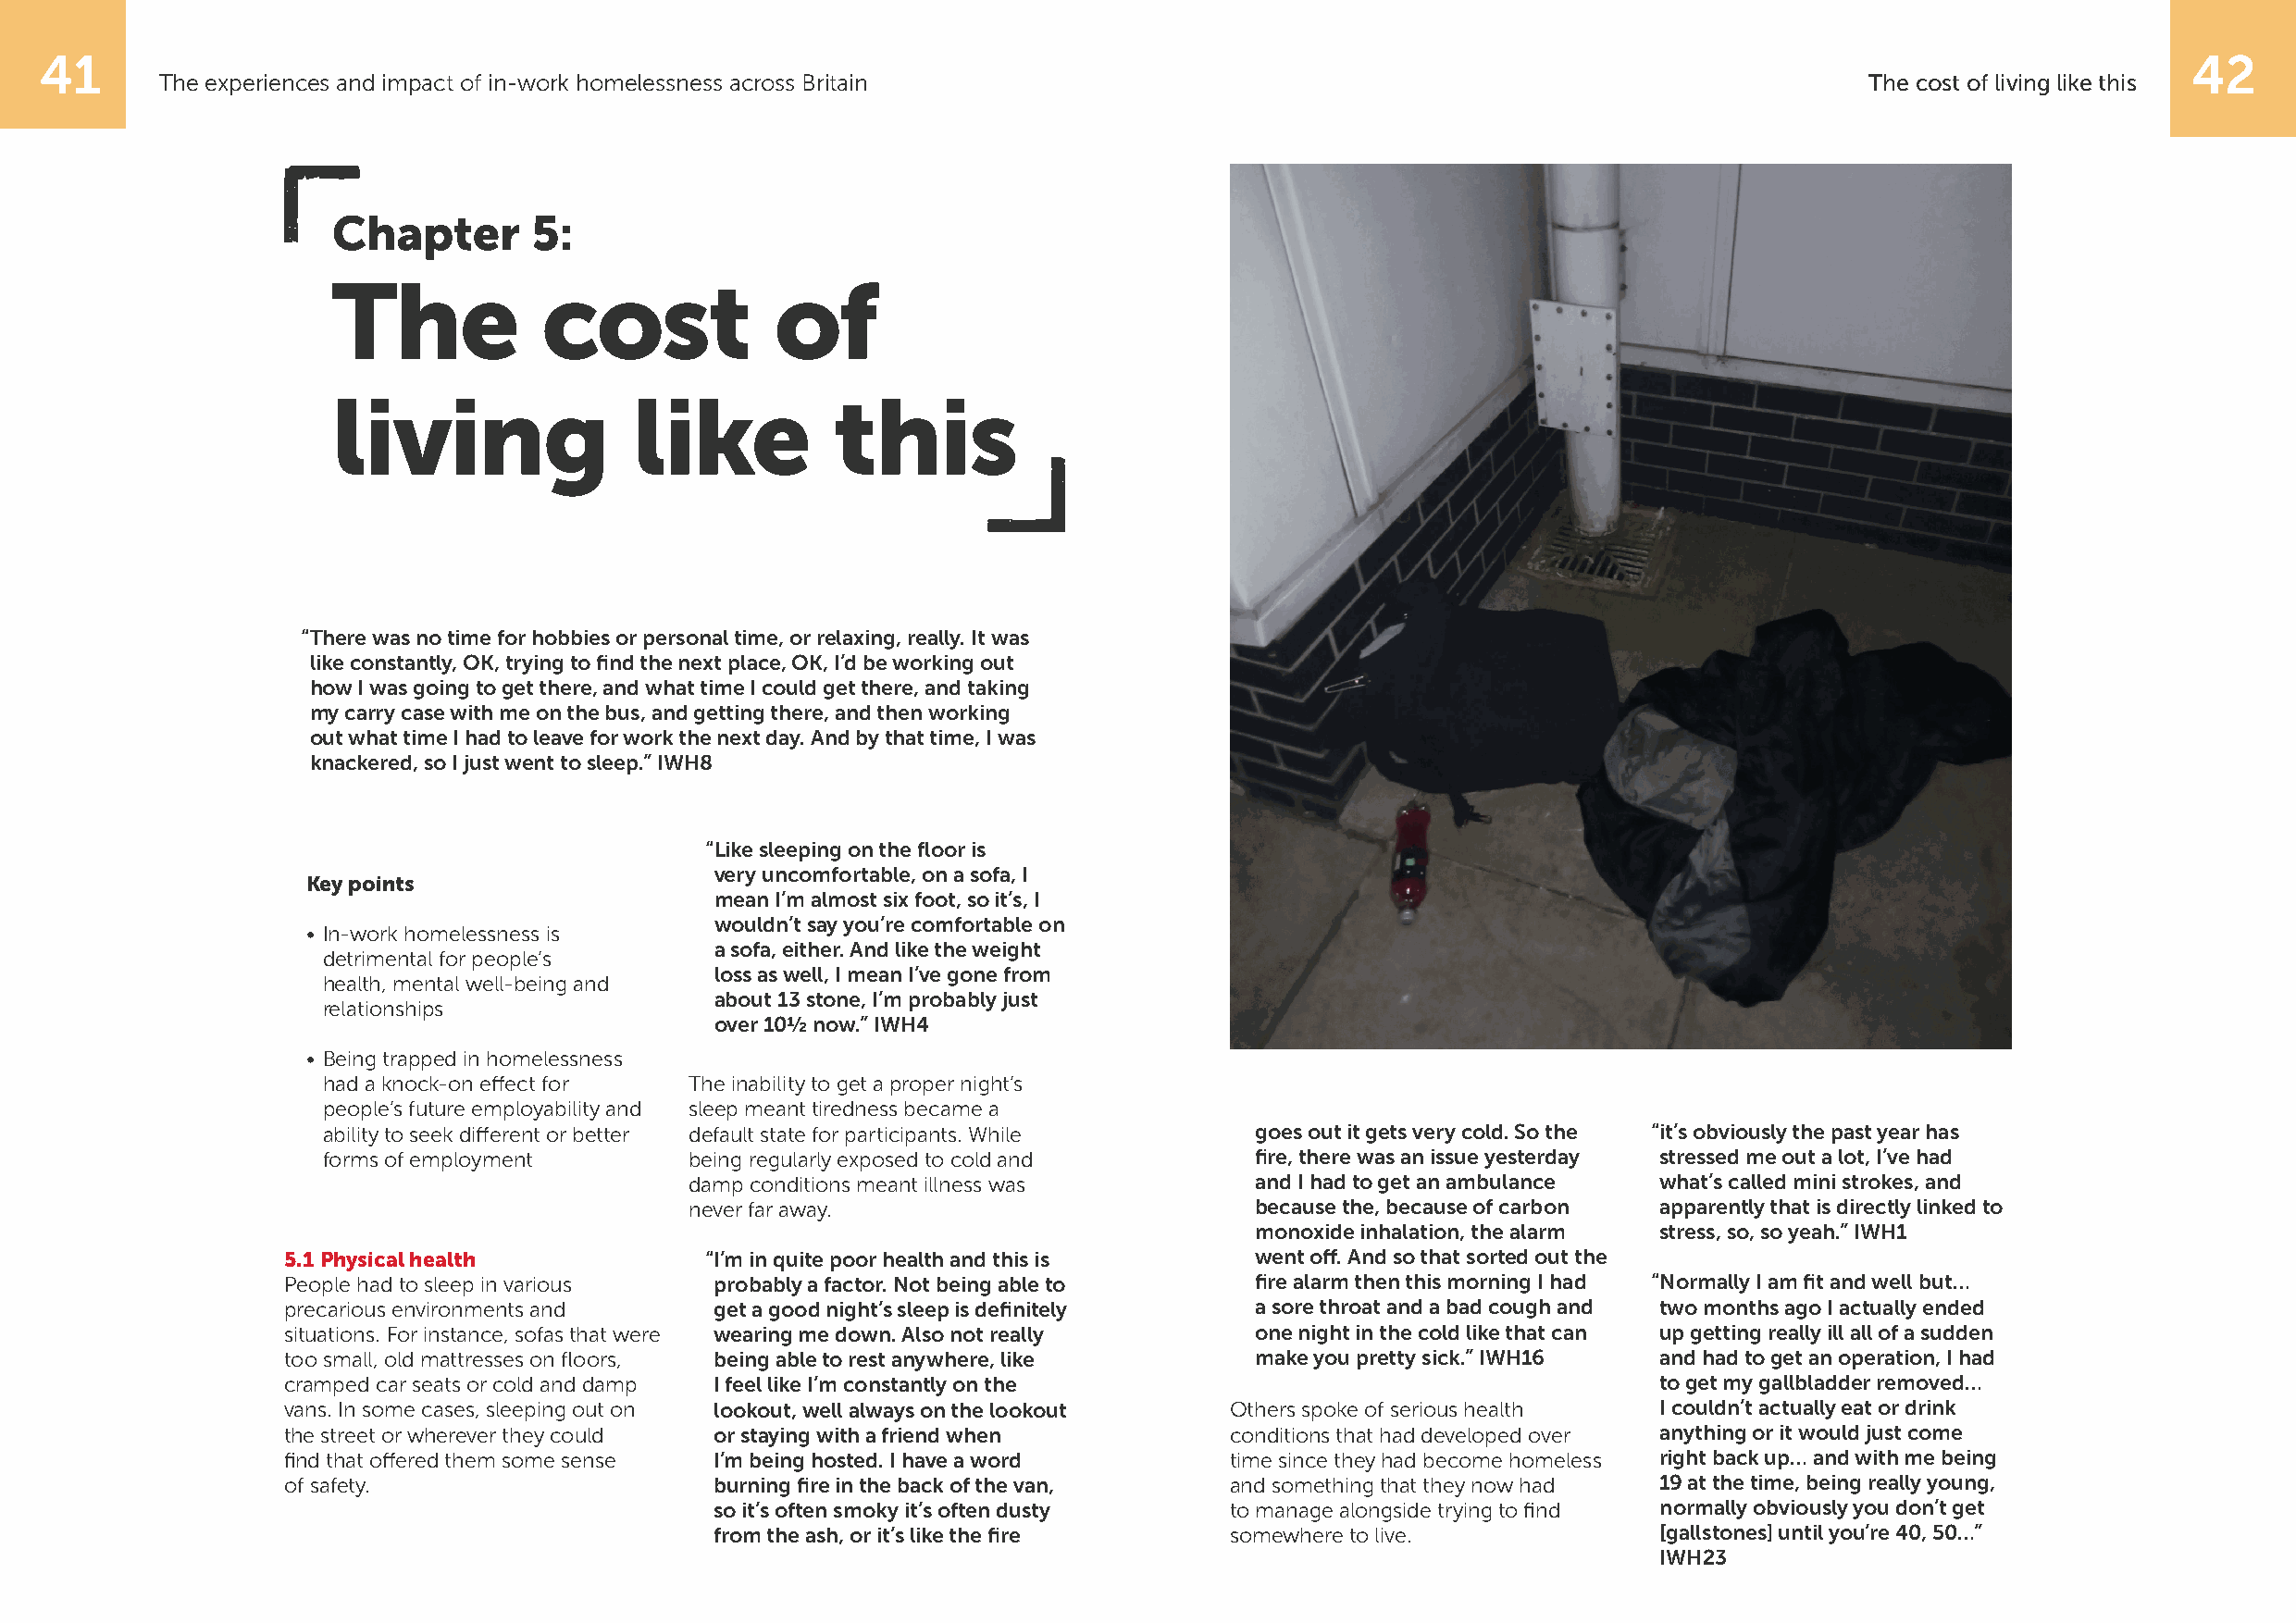
41                                                                                                                                                        42
 The experiences and impact of in-work homelessness across Britain                                                          The cost of living like this
 Chapter       5:
 The            cost            of
 living               like           this
 “ There was no time for hobbies or personal time, or relaxing, really. It was
 like constantly, OK, trying to find the next place, OK, I’d be working out
 how I was going to get there, and what time I could get there, and taking
 my carry case with me on the bus, and getting there, and then working
 out what time I had to leave for work the next day. And by that time, I was
 knackered, so I just went to sleep.” IWH8
 “ Like sleeping on the floor is
 very uncomfortable, on a sofa, I
 Key points
 mean I’m almost six foot, so it’s, I
 wouldn’t say you’re comfortable on
 • In-work homelessness is
 a sofa, either. And like the weight
 detrimental for people’s
 loss as well, I mean I’ve gone from
 health, mental well-being and
 about 13 stone, I’m probably just
 relationships
 over 10½ now.” IWH4
 • Being trapped in homelessness
 had a knock-on effect for The inability to get a proper night’s
 people’s future employability and sleep meant tiredness became a
 ability to seek different or better default state for participants. While goes out it gets very cold. So the “ it’s obviously the past year has
 forms of employment       being regularly exposed to cold and      fire, there was an issue yesterday stressed me out a lot, I’ve had
 damp conditions meant illness was        and I had to get an ambulance what’s called mini strokes, and
 never far away.                          because the, because of carbon apparently that is directly linked to
 monoxide inhalation, the alarm stress, so, so yeah.” IWH1
 5.1 Physical health           “ I’m in quite poor health and this is  went off. And so that sorted out the
 People had to sleep in various probably a factor. Not being able to   fire alarm then this morning I had “ Normally I am fit and well but…
 precarious environments and    get a good night’s sleep is definitely a sore throat and a bad cough and two months ago I actually ended
 situations. For instance, sofas that were wearing me down. Also not really one night in the cold like that can up getting really ill all of a sudden
 too small, old mattresses on floors, being able to rest anywhere, like make you pretty sick.” IWH16 and had to get an operation, I had
 cramped car seats or cold and damp I feel like I’m constantly on the                               to get my gallbladder removed…
 vans. In some cases, sleeping out on lookout, well always on the lookout Others spoke of serious health I couldn’t actually eat or drink
 the street or wherever they could or staying with a friend when     conditions that had developed over anything or it would just come
 find that offered them some sense I’m being hosted. I have a word   time since they had become homeless right back up… and with me being
 of safety.                     burning fire in the back of the van, and something that they now had 19 at the time, being really young,
 so it’s often smoky it’s often dusty to manage alongside trying to find normally obviously you don’t get
 from the ash, or it’s like the fire  somewhere to live.             [gallstones] until you’re 40, 50…”
 IWH23